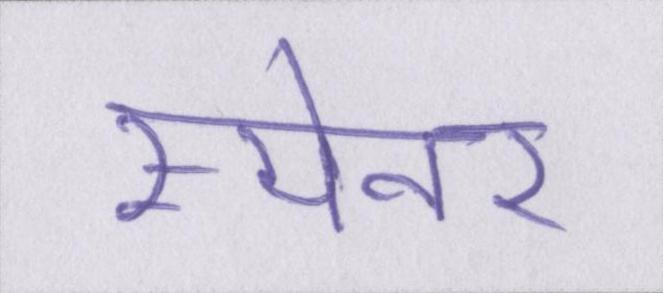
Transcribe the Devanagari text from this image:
स्पैनर